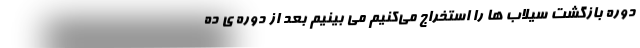
دوره بازگشت سیلاب ها را استخراج می‌کنیم می بینیم بعد از دوره ی ده